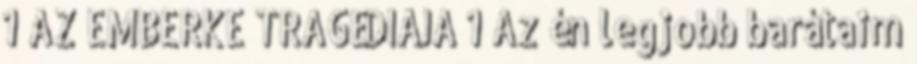
1 AZ EMBERKE TRAGÉDIÁJA 1 Az én legjobb barátaim